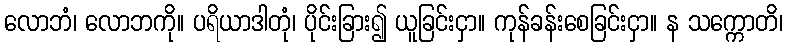
လောဘံ၊ လောဘကို။ ပရိယာဒါတုံ၊ ပိုင်းခြား၍ ယူခြင်းငှာ။ ကုန်ခန်းစေခြင်းငှာ။ န သက္ကောတိ၊